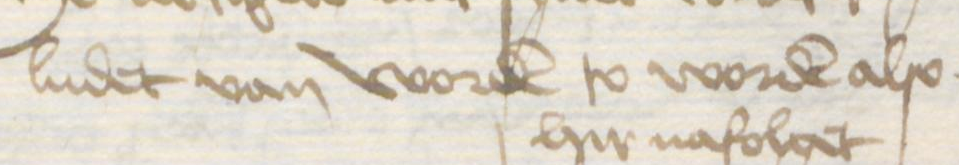
ludet van worden to worden also